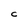
Character: C